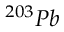
{ } ^ { 2 0 3 } P b